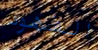
الفهود